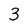
Character: 3